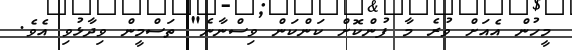
މީހުން އެއަށް ވުރެ މާ ފުންކޮށް ކަންކަން ވިސްނާނެ" ތަސްމީން ވިދާޅުވި އެވެ.